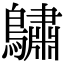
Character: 𪆭